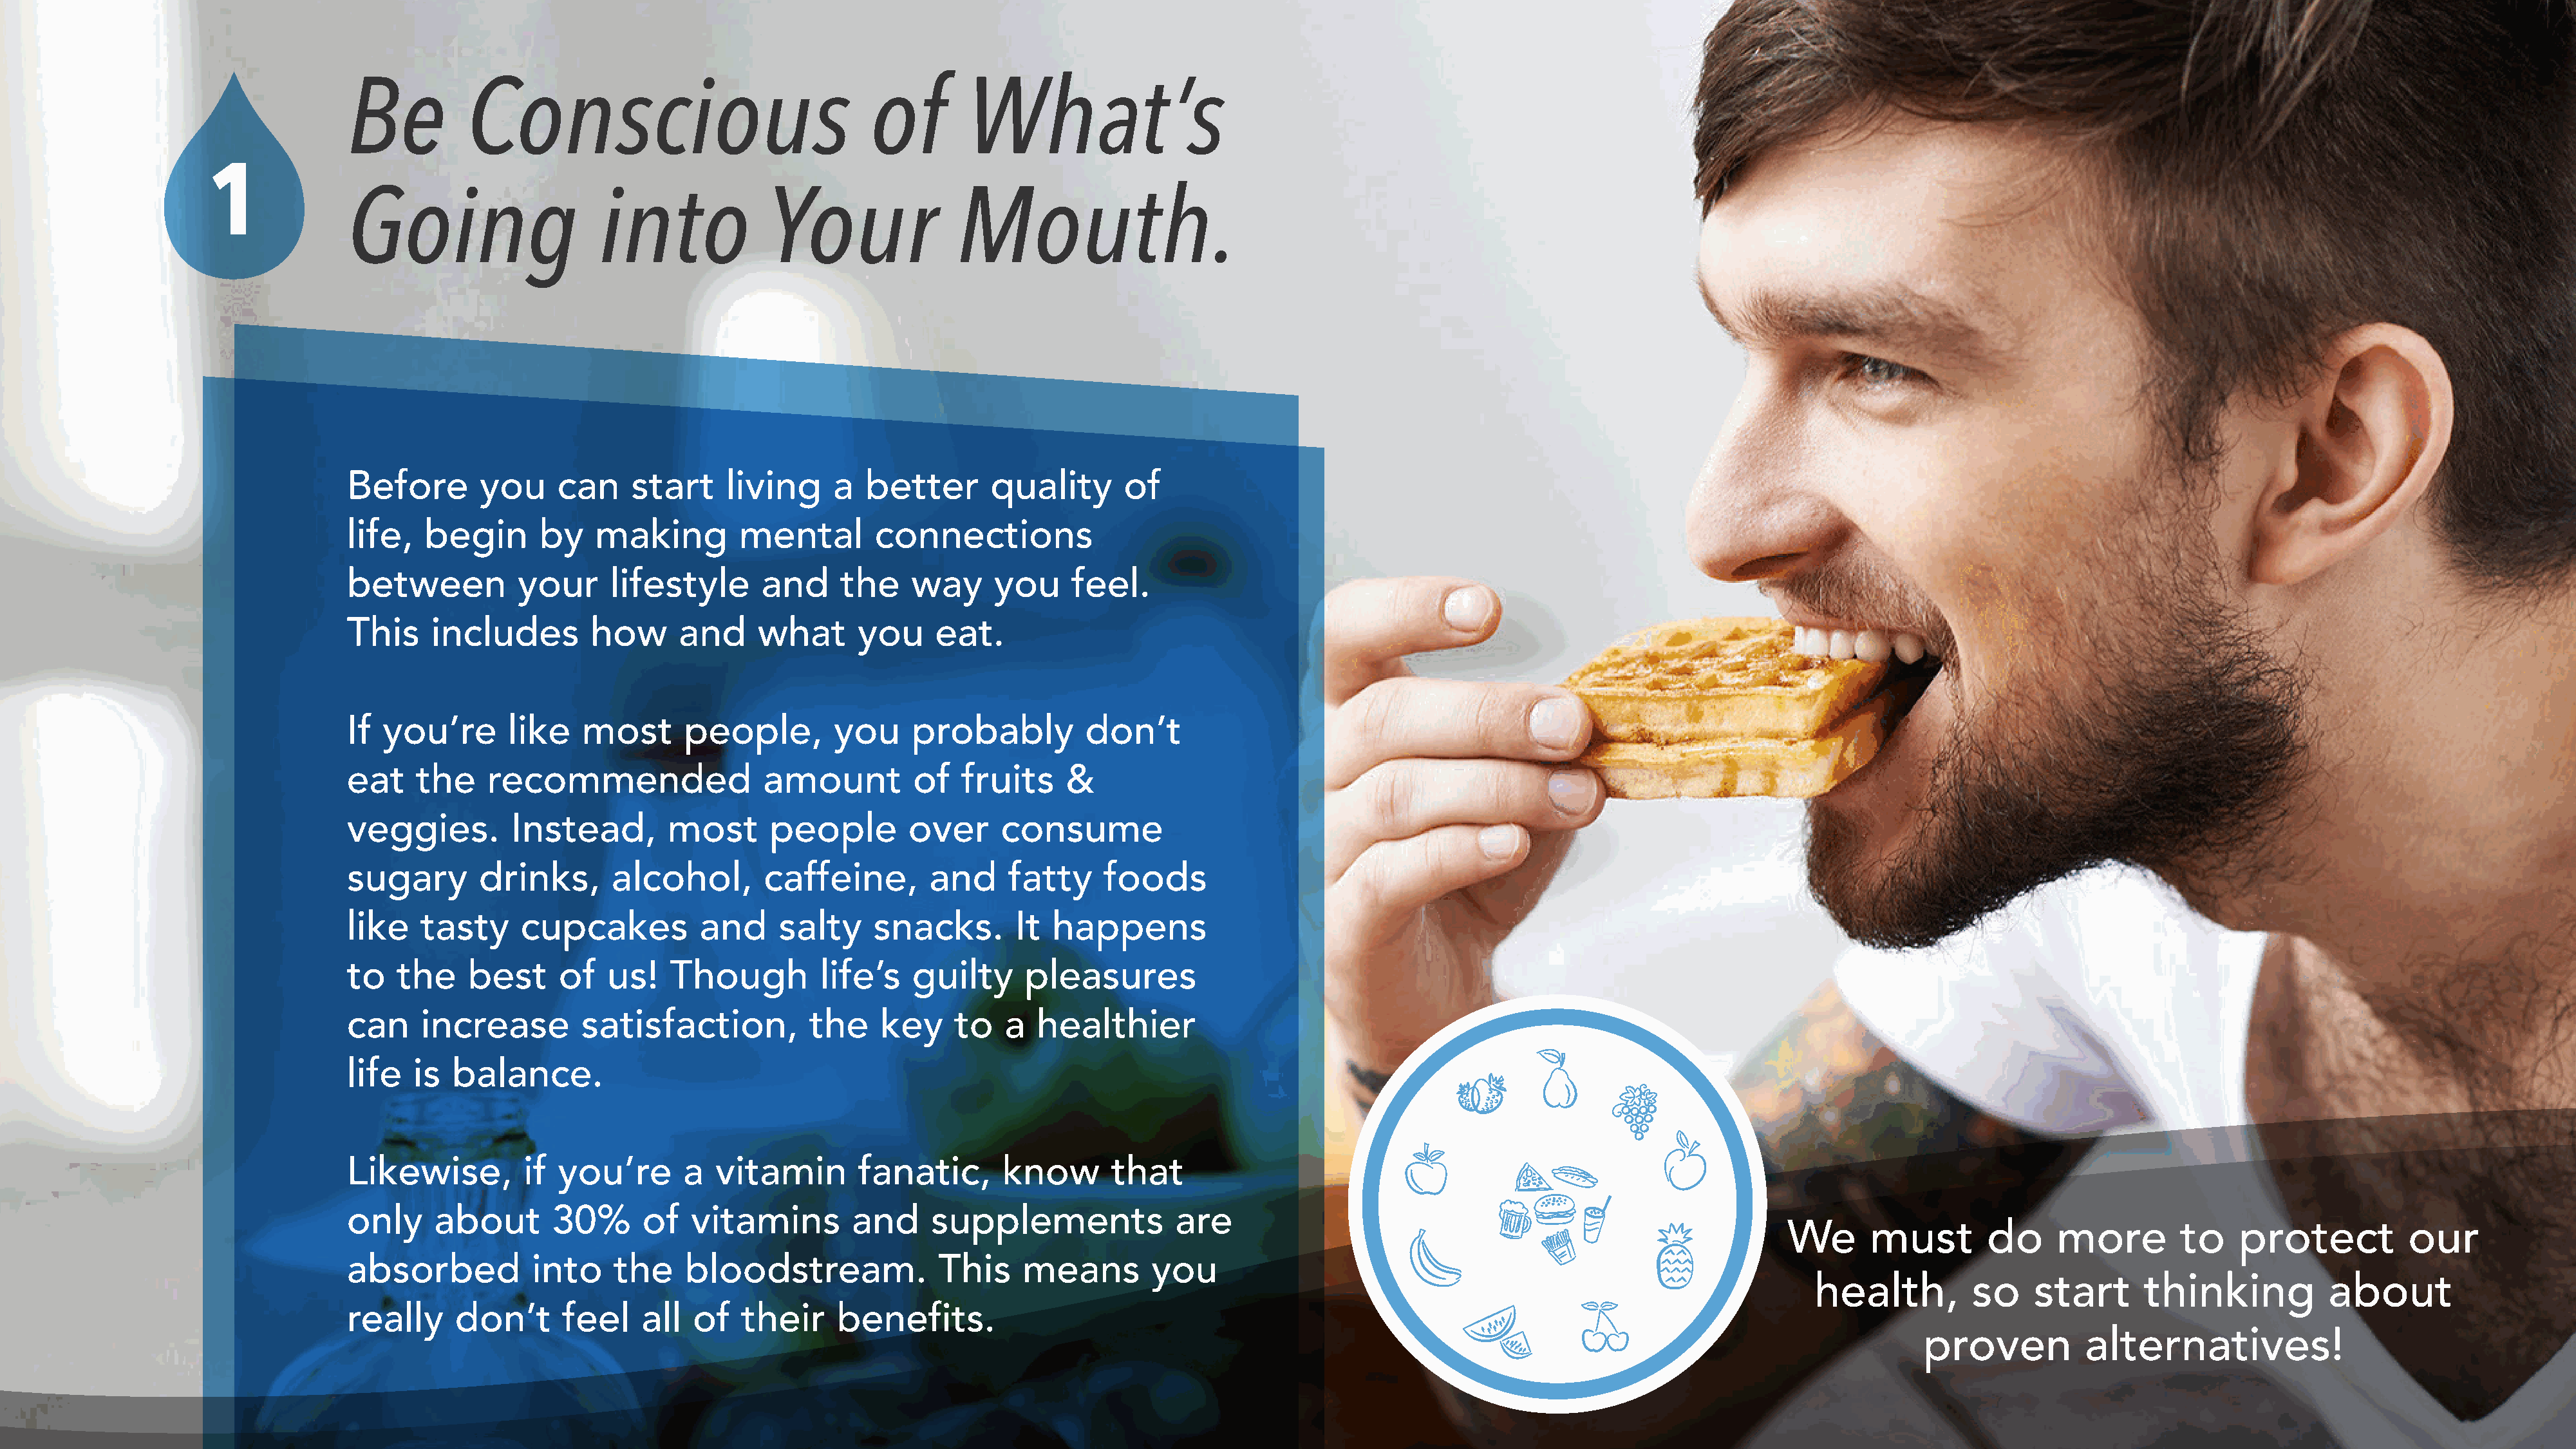
Be          Conscious                                of        What’s
 1
 Going                     into             Your               Mouth.
 Before       you     can     start     living     a  better       quality       of
 life,   begin      by    making         mental        connections
 between          your      lifestyle      and     the     way     you     feel.
 This    includes         how      and     what      you     eat.
 If you’re       like    most      people,         you     probably          don’t
 eat    the    recommended                 amount          of   fruits     &
 veggies.         Instead,        most      people        over      consume
 sugary       drinks,       alcohol,        caffeine,        and     fatty    foods
 like   tasty      cupcakes          and     salty     snacks.       It  happens
 to   the    best     of   us!    Though         life’s    guilty     pleasures
 can    increase         satisfaction,          the    key     to   a   healthier
 life  is  balance.
 Likewise,         if you’re       a   vitamin       fanatic,       know       that
 only     about       30%      of   vitamins         and     supplements              are
 We      must        do     more         to    protect           our
 absorbed           into    the    bloodstream.              This     means        you
 health,         so    start      thinking           about
 really     don’t      feel    all  of   their     benefits.
 proven          alternatives!